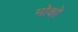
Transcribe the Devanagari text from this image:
मोक्षो